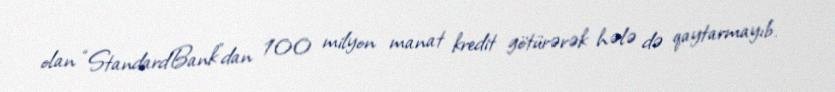
olan “StandardBank”dan 100 milyon manat kredit götürərək hələ də qaytarmayıb.